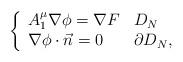
LaTeX: \begin{align*} \left\{ \begin{array}{ll} A_1^{\mu}\nabla \phi=\nabla F & D_N \\ \nabla \phi\cdot \vec{n}=0 & \partial D_N, \end{array} \right.\end{align*}